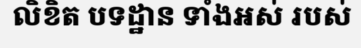
លិខិត បទដ្ឋាន ទាំងអស់ របស់